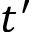
t ^ { \prime }